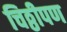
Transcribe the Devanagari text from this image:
चिठ्ठीपण